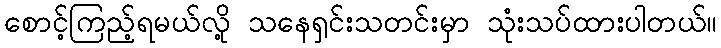
စောင့်ကြည့်ရမယ်လို့ သနေရှင်းသတင်းမှာ သုံးသပ်ထားပါတယ်။